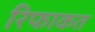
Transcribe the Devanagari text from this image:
रिफाकत